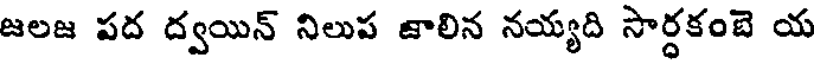
జలజ పద ద్వయిన్ నిలుప జాలిన నయ్యది సార్ధకంబె య